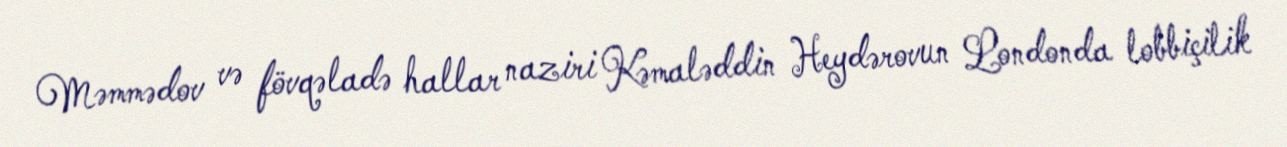
Məmmədov və fövqəladə hallar naziri Kəmaləddin Heydərovun Londonda lobbiçilik